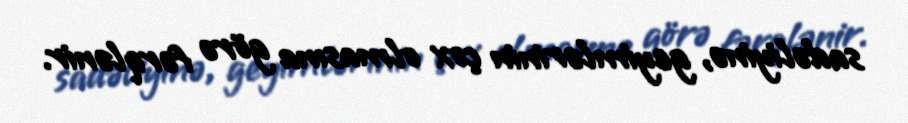
sadəliyinə, geyimlərinin çox olmasına görə fərqlənir.